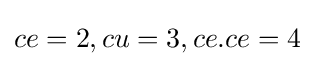
ce=2,cu=3,ce.ce=4